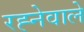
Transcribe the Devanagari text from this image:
रह्नेवाले